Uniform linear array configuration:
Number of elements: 48
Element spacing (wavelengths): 0.75
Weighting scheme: kaiser
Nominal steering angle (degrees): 0
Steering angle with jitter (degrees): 0.2603
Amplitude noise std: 0.05
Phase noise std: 0.05

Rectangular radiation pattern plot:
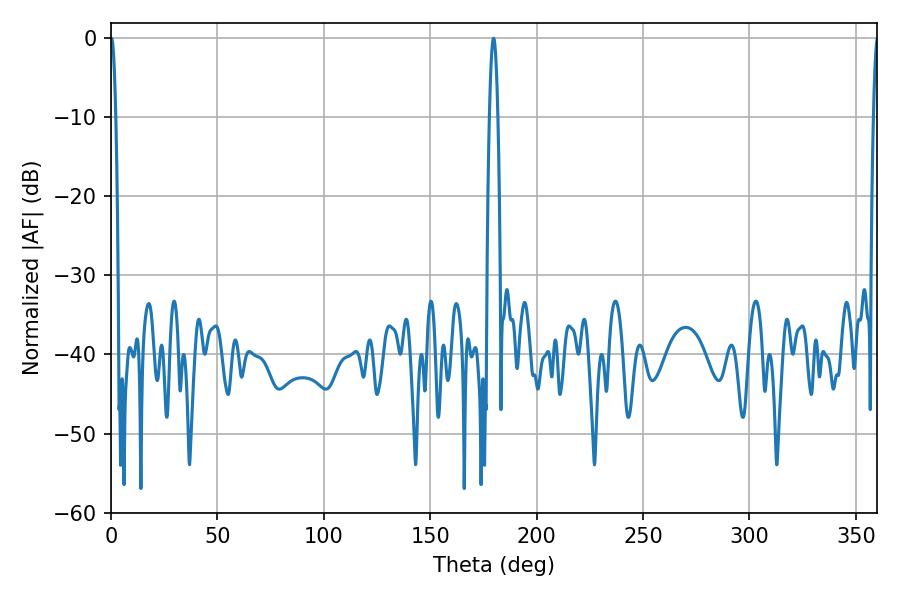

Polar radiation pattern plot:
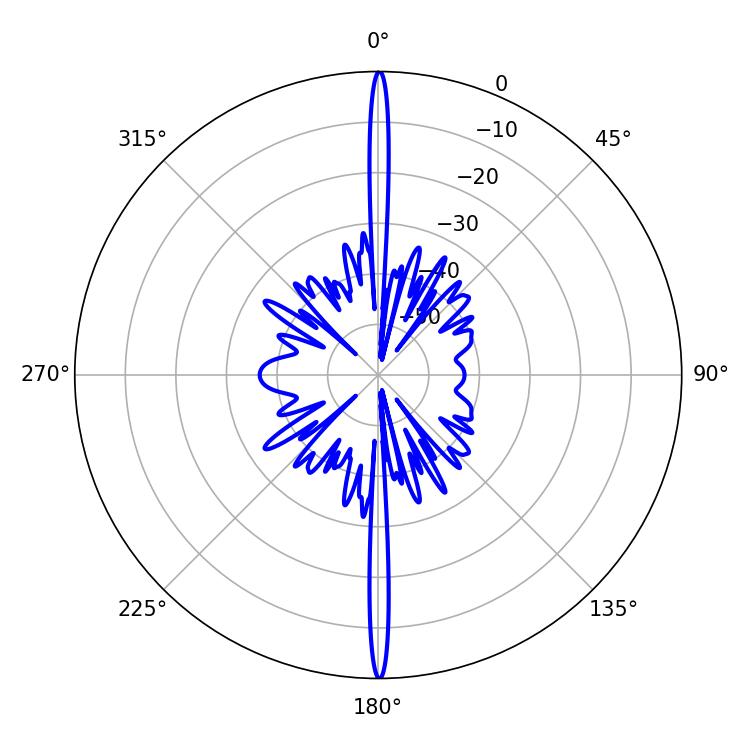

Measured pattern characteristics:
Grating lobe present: TRUE
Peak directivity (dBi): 38.612
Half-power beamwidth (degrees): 1.26
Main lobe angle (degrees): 0.18